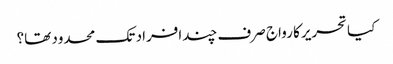
کیا تحریرکا رواج صرف چندافراد تک محدود تھا؟